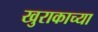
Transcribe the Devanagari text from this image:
खुराकाच्या